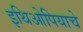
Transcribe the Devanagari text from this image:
इथिओपियाचे